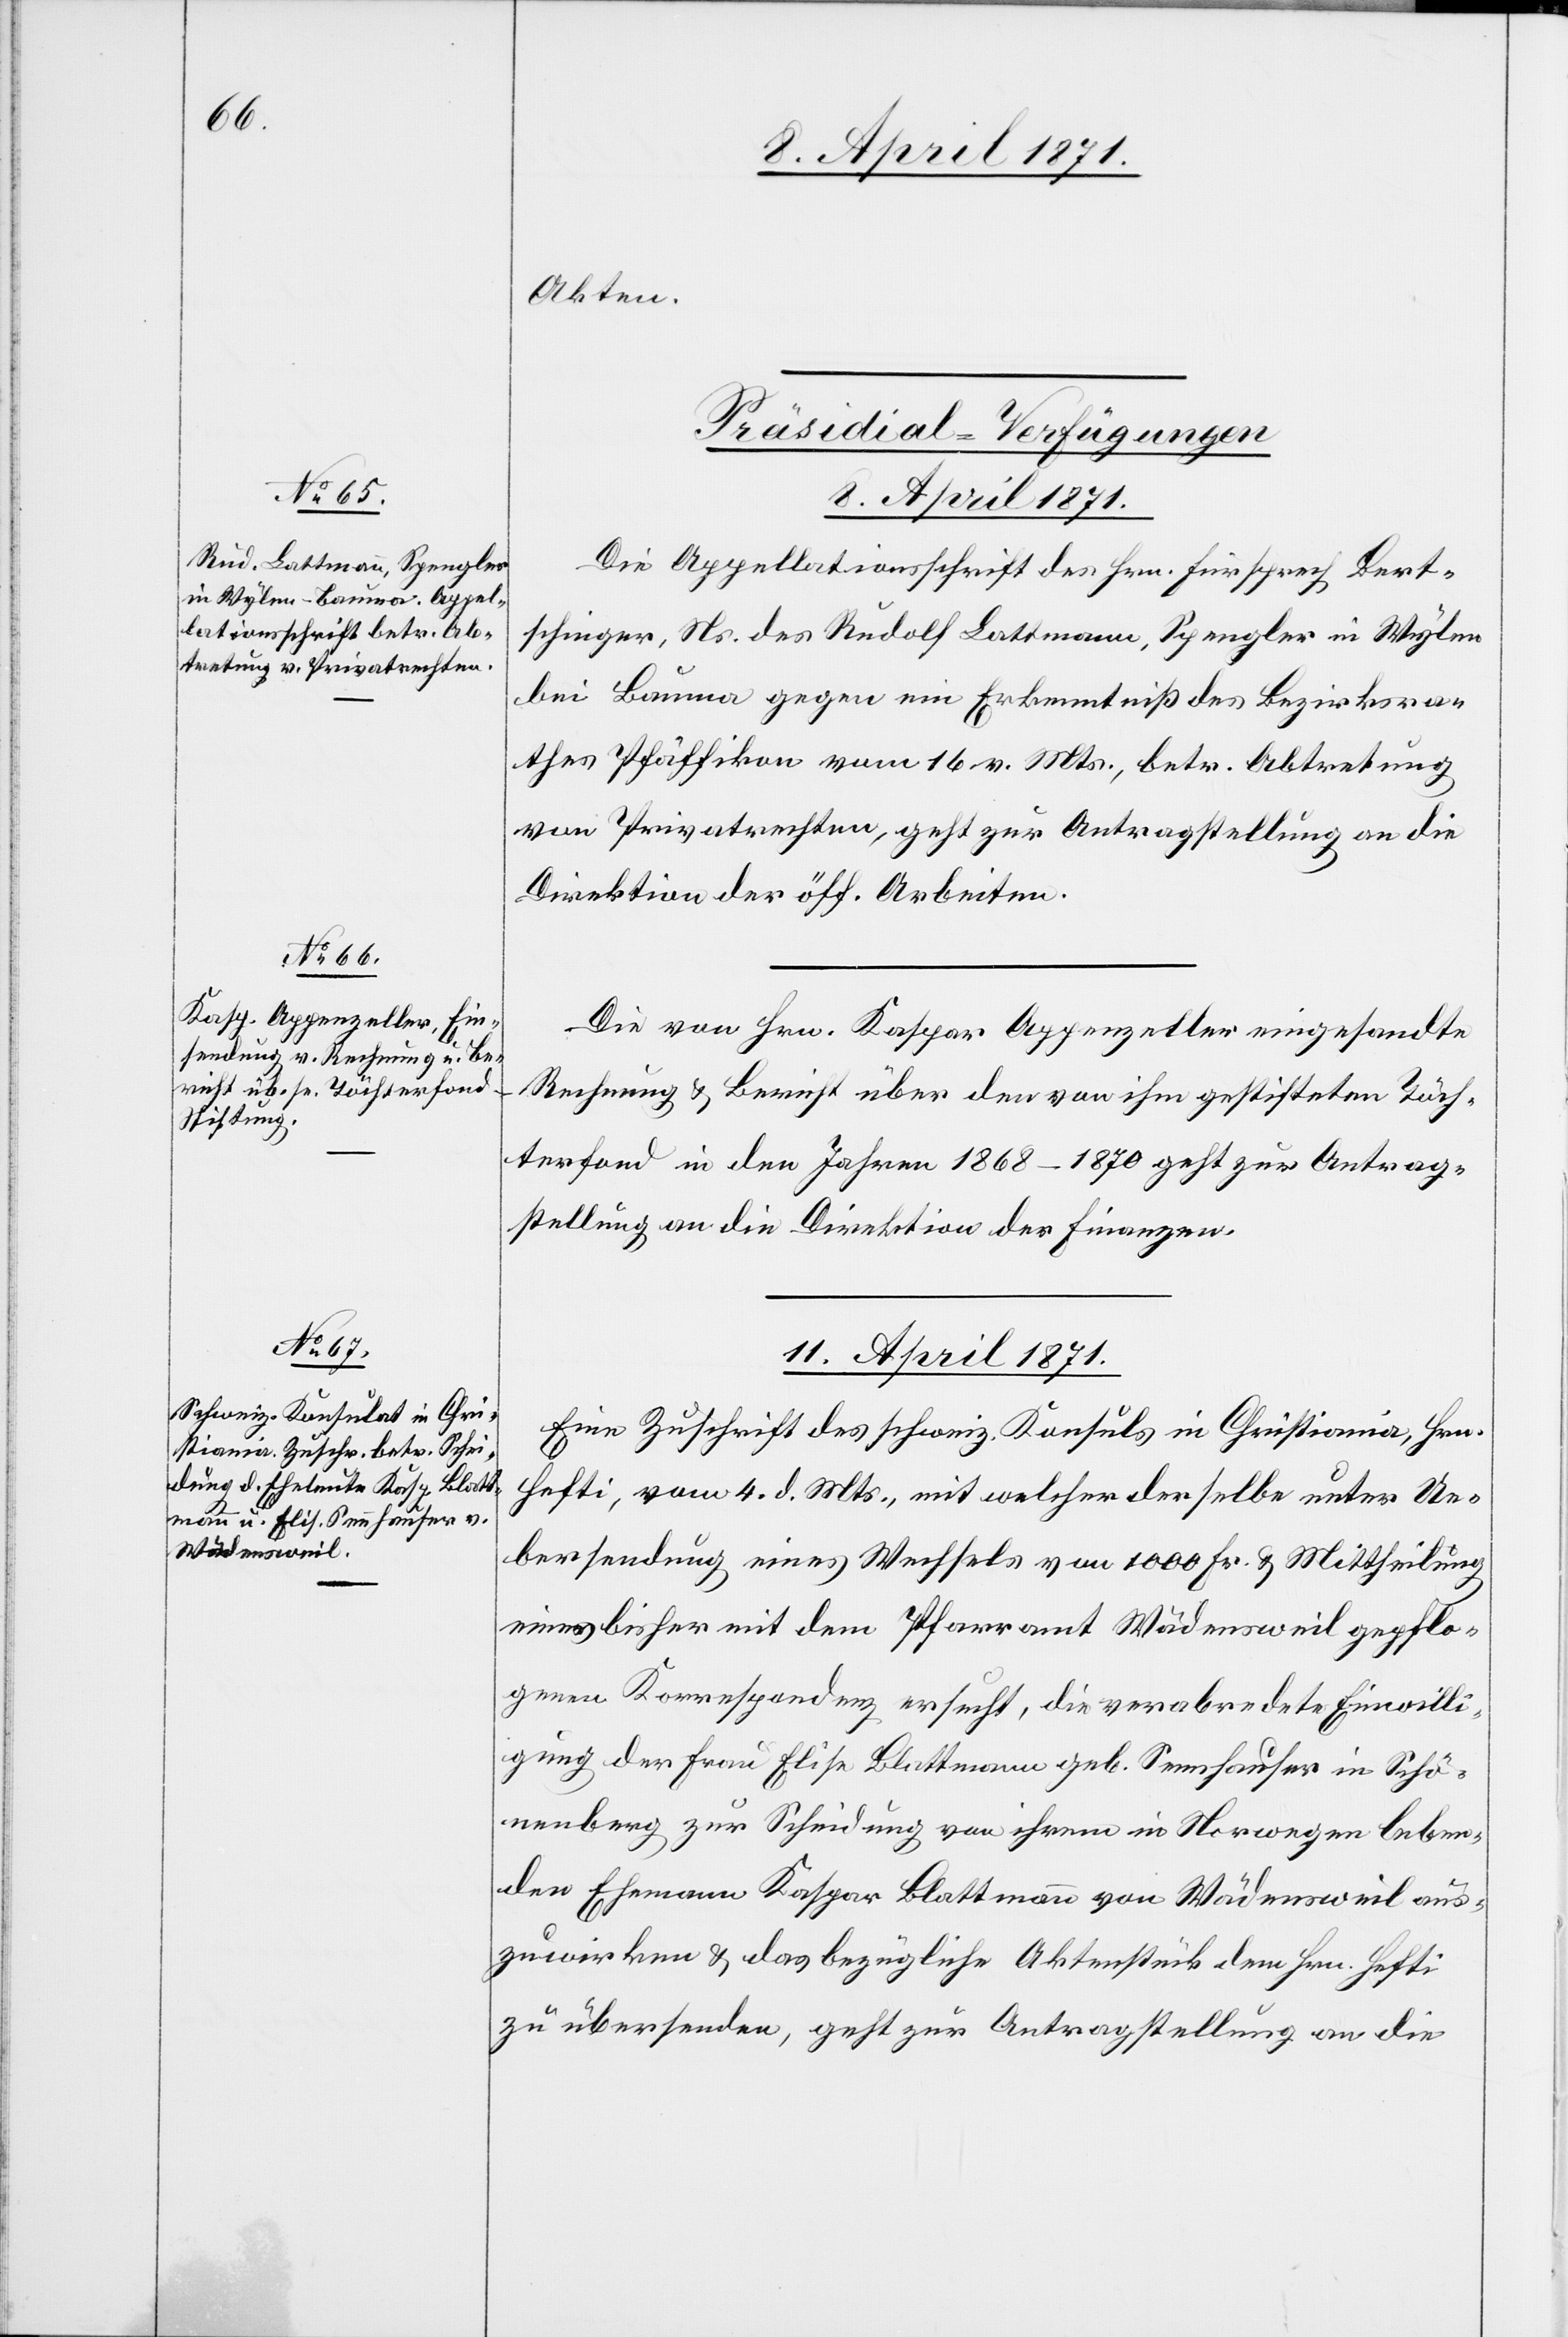
Akten.
[Präsidial-Verfügungen]
8. April 1871.]
Die Appellationsschrift des Hrn. Fürsprech Bert¬
schinger, Ns. des Rudolf Lattmann, Spengler in Wylen
bei Bauma gegen ein Erkenntniß des Bezirksra¬
thes Pfäffikon vom 16. v. Mts., betr. Abtretung
von Privatrechten, geht zur Antragstellung an die
Direktion der öff. Arbeiten.
Die von Hrn. Kaspar Appenzeller eingesandte
Rechnung u. Bericht über den von ihm gestifteten Töch¬
terfond in den Jahren 1868-1870 geht zur Antrag¬
stellung an die Direktion der Finanzen.
11. April 1871.
Eine Zuschrift des schweiz. Konsuls in Christiania, Hrn.
Hefti, vom 4. d. Mts., mit welcher derselbe unter Ue¬
bersendung eines Wechsels von 1000 Fr. u. Mittheilung
einer bisher mit dem Pfarramt Wädensweil gepflo¬
genen Korrespondenz ersucht, die verabredete Einwilli¬
gung der Frau Elise Blattmann geb. Sennhauser in Schö¬
nenberg zur Scheidung von ihrem in Norwegen leben¬
den Ehemann Kaspar Blattmann von Wädensweil aus¬
zuwirken u. das bezügliche Aktenstück dem Hrn. Hefti
zu übersenden, geht zur Antragstellung an die